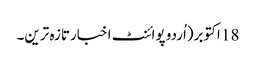
18 اکتوبر(اُردو پوائنٹ اخبارتازہ ترین۔